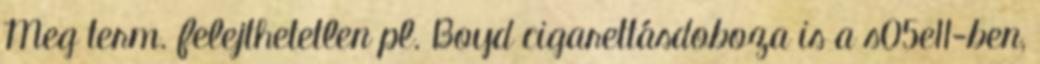
Meg term. felejthetetlen pl. Boyd cigarettásdoboza is a s05e11-ben,